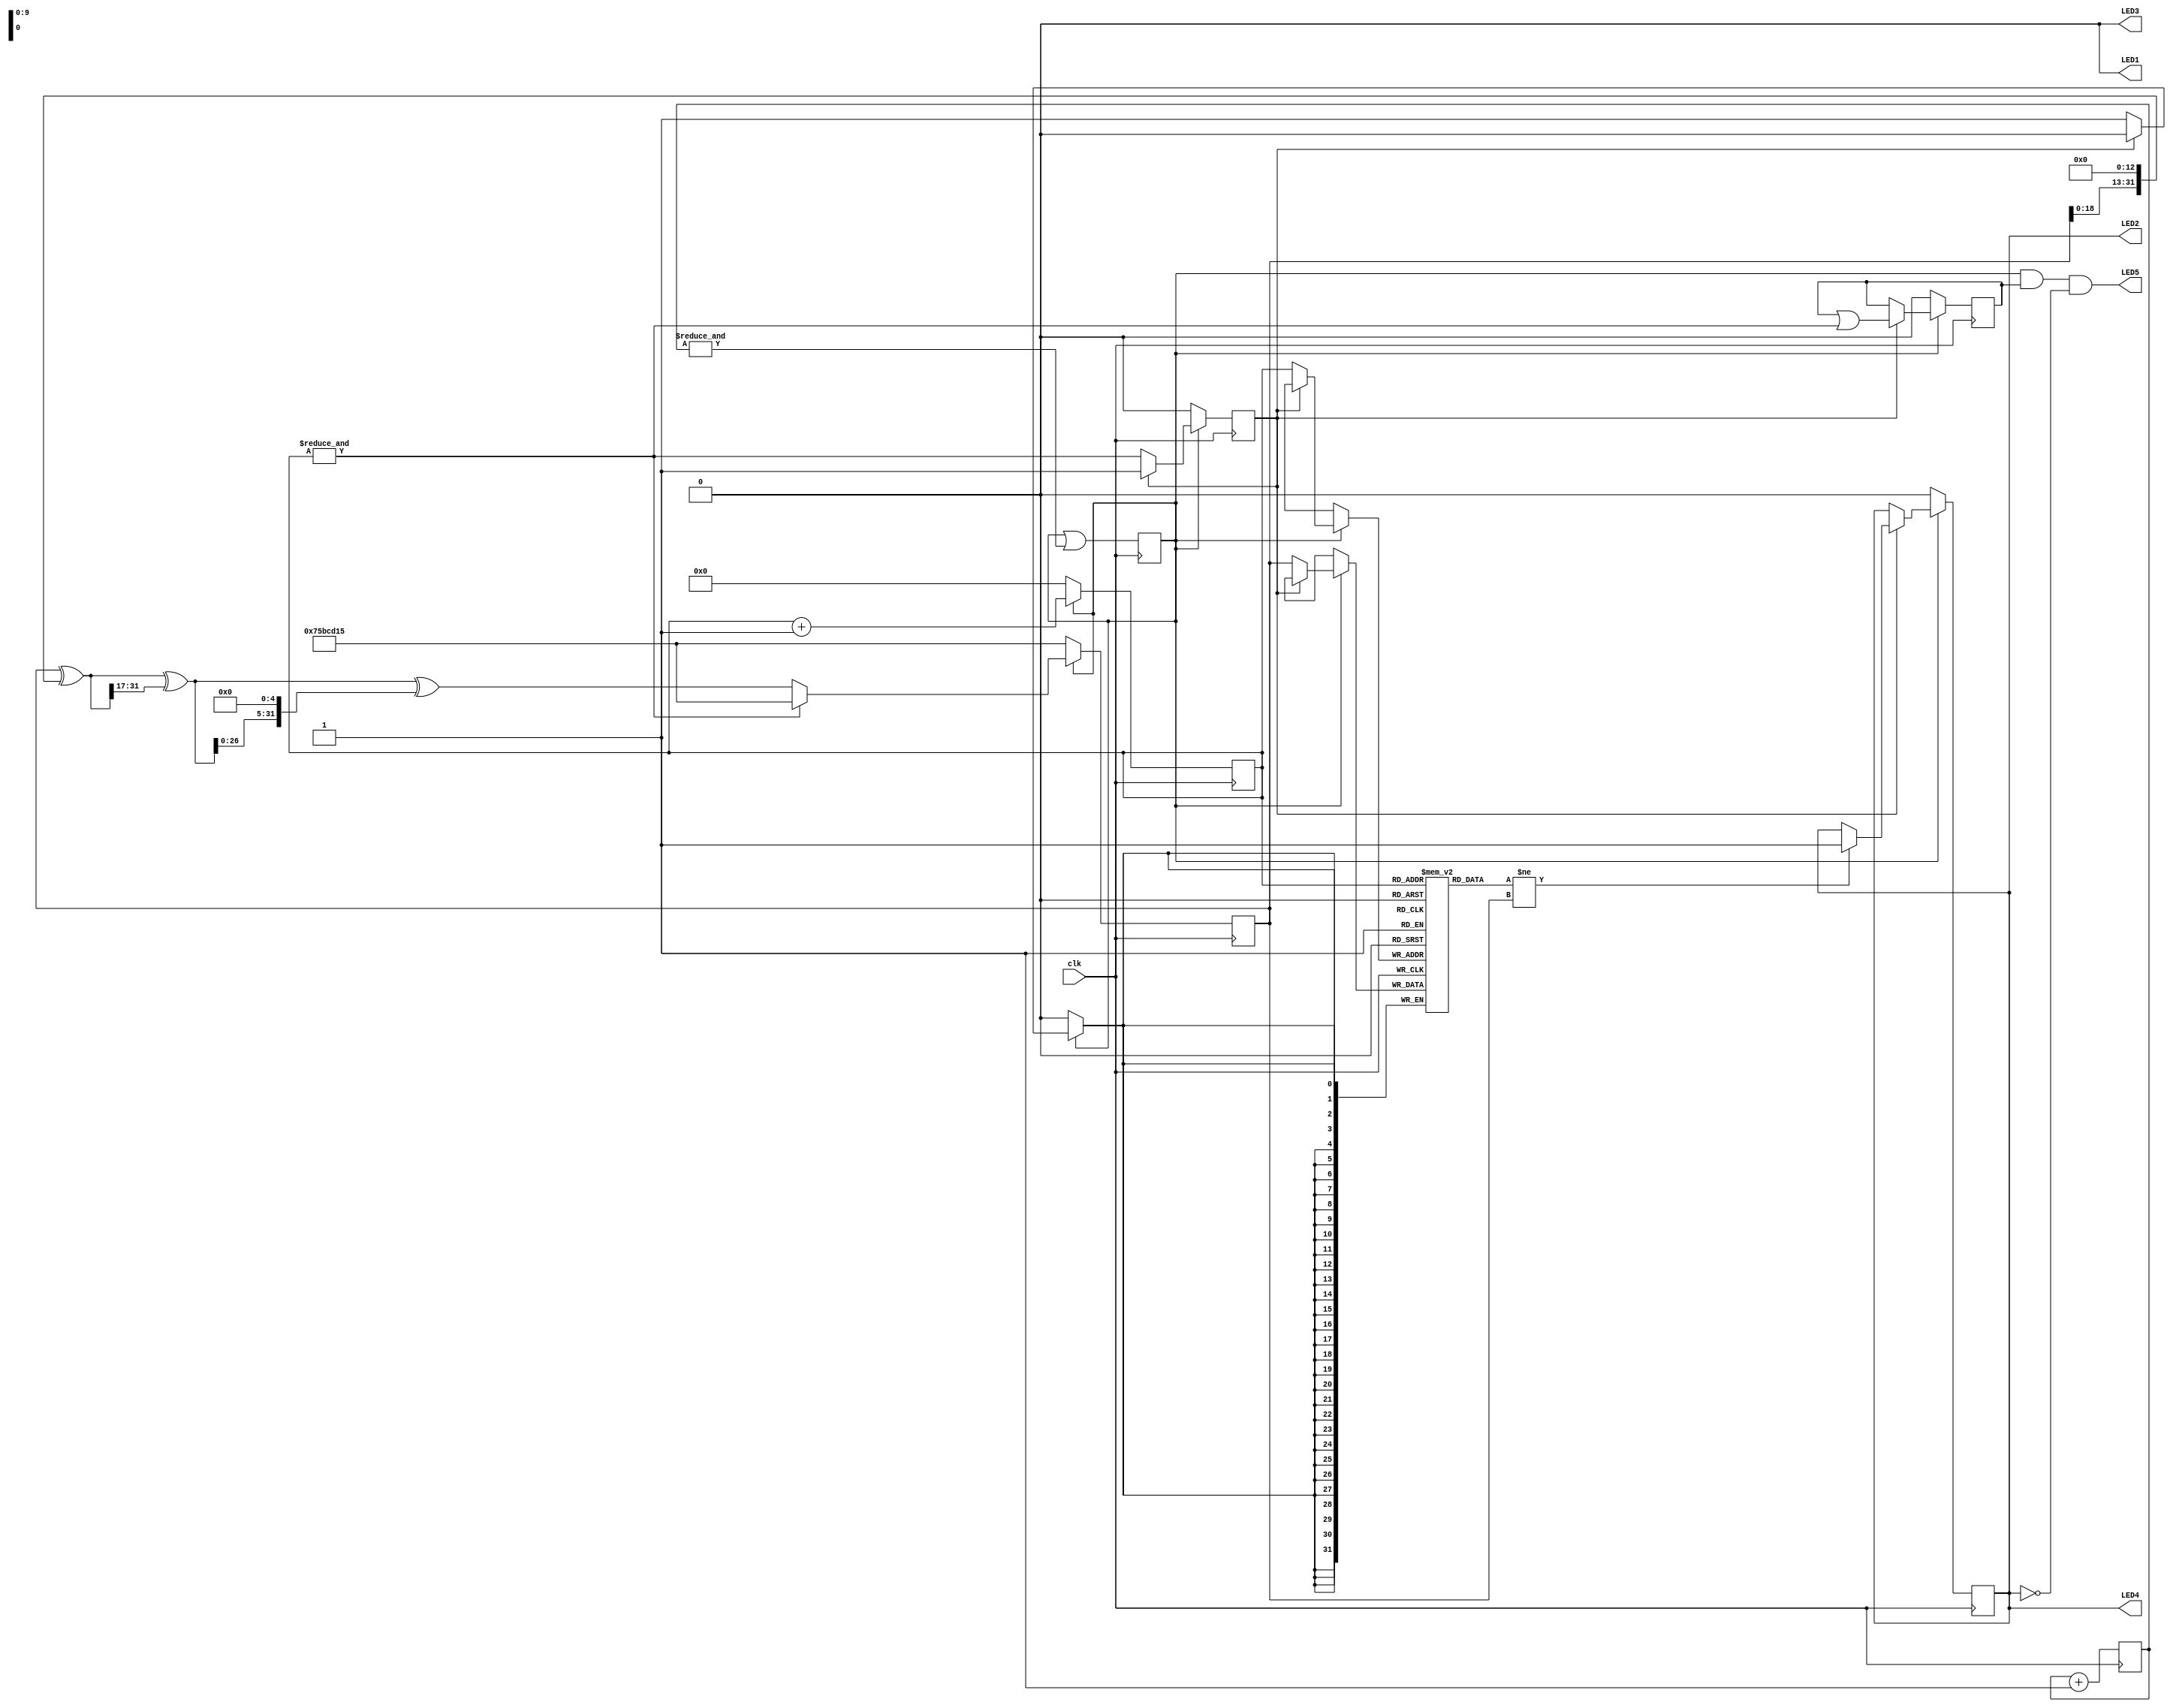
module top (
	input clk,
	output LED1,
	output LED2,
	output LED3,
	output LED4,
	output LED5
);
	reg [7:0] reset_counter = 0;
	reg resetn = 0;

	always @(posedge clk) begin
		reset_counter <= reset_counter + 1;
		resetn <= resetn | &reset_counter;
	end

	reg error, rdmode, rdfin;

	reg [31:0] scratchpad [0:1023];
	reg [31:0] xorshift32_state;
	reg [9:0] index;

	reg [31:0] next_xorshift32_state;

	always @* begin
		next_xorshift32_state =      xorshift32_state ^ (     xorshift32_state << 13);
		next_xorshift32_state = next_xorshift32_state ^ (next_xorshift32_state >> 17);
		next_xorshift32_state = next_xorshift32_state ^ (next_xorshift32_state <<  5);
	end

	always @(posedge clk) begin
		xorshift32_state <= &index ? 123456789 : next_xorshift32_state;
		index <= index + 1;

		if (!resetn) begin
			xorshift32_state <= 123456789;
			index <= 0;
			error <= 0;
			rdmode <= 0;
			rdfin <= 0;
		end else
		if (!rdmode) begin
			scratchpad[index] <= xorshift32_state;
			rdmode <= &index;
		end else begin
			if (scratchpad[index] != xorshift32_state) error <= 1;
			rdfin <= rdfin || &index;
		end
	end

	wire ok = resetn && rdfin && !error;
	assign LED1 = 0, LED2 = error, LED3 = 0, LED4 = error, LED5 = ok;
endmodule